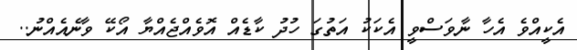
އެކީއްވެ އެހާ ނާވަސްވީ އެކަކު އަތުގަ ހުދު ކާޑެއް އޮވެއްޖެއްޔާ އޯކޭ ވާނެއެއްނު..